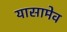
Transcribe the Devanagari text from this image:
यासामेव